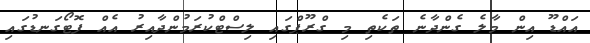
އައްޑޫ އިން މާލެ ގެންދާނެ ތަކެތި މި ގްރޫޕްގައި ލިސްޓްކުރަމުންދާއިރު އެއް ފޮޓޯގަނޑުގައި